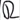
Text: Q